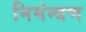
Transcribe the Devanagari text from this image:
निमंन्त्रण